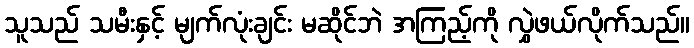
သူသည် သမီးနှင့် မျက်လုံးချင်း မဆိုင်ဘဲ အကြည့်ကို လွှဲဖယ်လိုက်သည်။